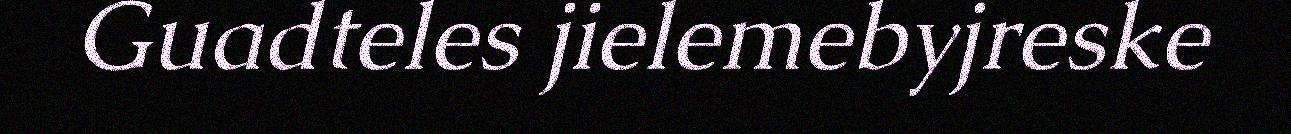
Guadteles jielemebyjreske